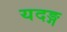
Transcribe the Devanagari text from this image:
यदङ्ग